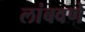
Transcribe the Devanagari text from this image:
लांबवणे